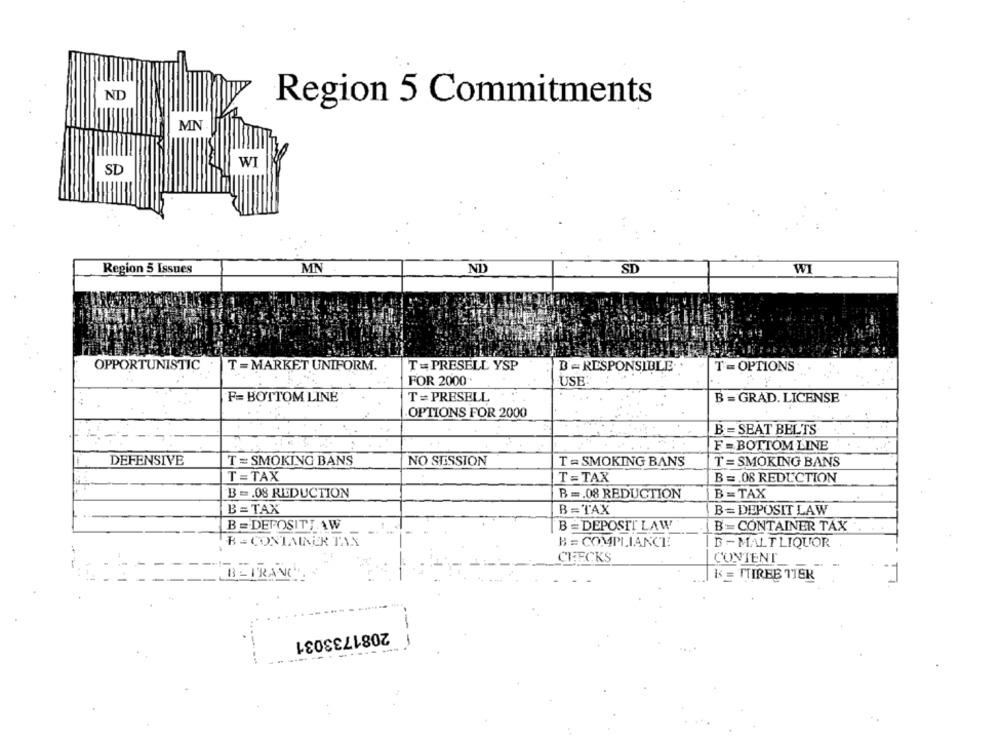
ND
Region 5 Commitments
MN
WI
SD
MN
W
Region 5 Issues
ND
SD
OPPORTUNISTIC
T = MARKET UNIFORM.
T - PRESELL YSP
B - RESPONSIBLE ..
T= OPTIONS
FOR 2000
USE:
F= BOTTOM LINE
T = PRESELL
B = GRAD. LICENSE
OPTIONS FOR 2000
B= SEAT BELTS
F = BOTTOM LINE
DEFENSIVE
T = SMOKING BANS
NO SESSION
T = SMOKING BANS
T = SMOKING BANS
T = TAX
T =TAX
B =. 08 REDUCTION
B =. 08 REDUCTION
B =. 08 REDUCTION
B = TAX
B= TAX
B= TAX
B = DEPOSIT LAW
B = DEPOSITI.AW
B = DEPOSIT LAW
B=CONTAINER TAX
B = CONTAINER TAX
H = COMPLIANCEE
B - MALT LIQUOR
CHECKS
CONTENT
B - FRANC
k = TTIREB TTER
2081733031
--